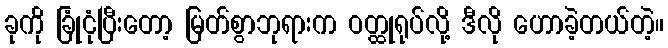
ခုကို ခြုံငုံပြီးတော့ မြတ်စွာဘုရားက ဝတ္ထုရုပ်လို့ ဒီလို ဟောခဲ့တယ်တဲ့။